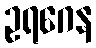
ဥရဂေန